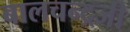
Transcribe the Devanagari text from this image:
बालचन्द्रजी